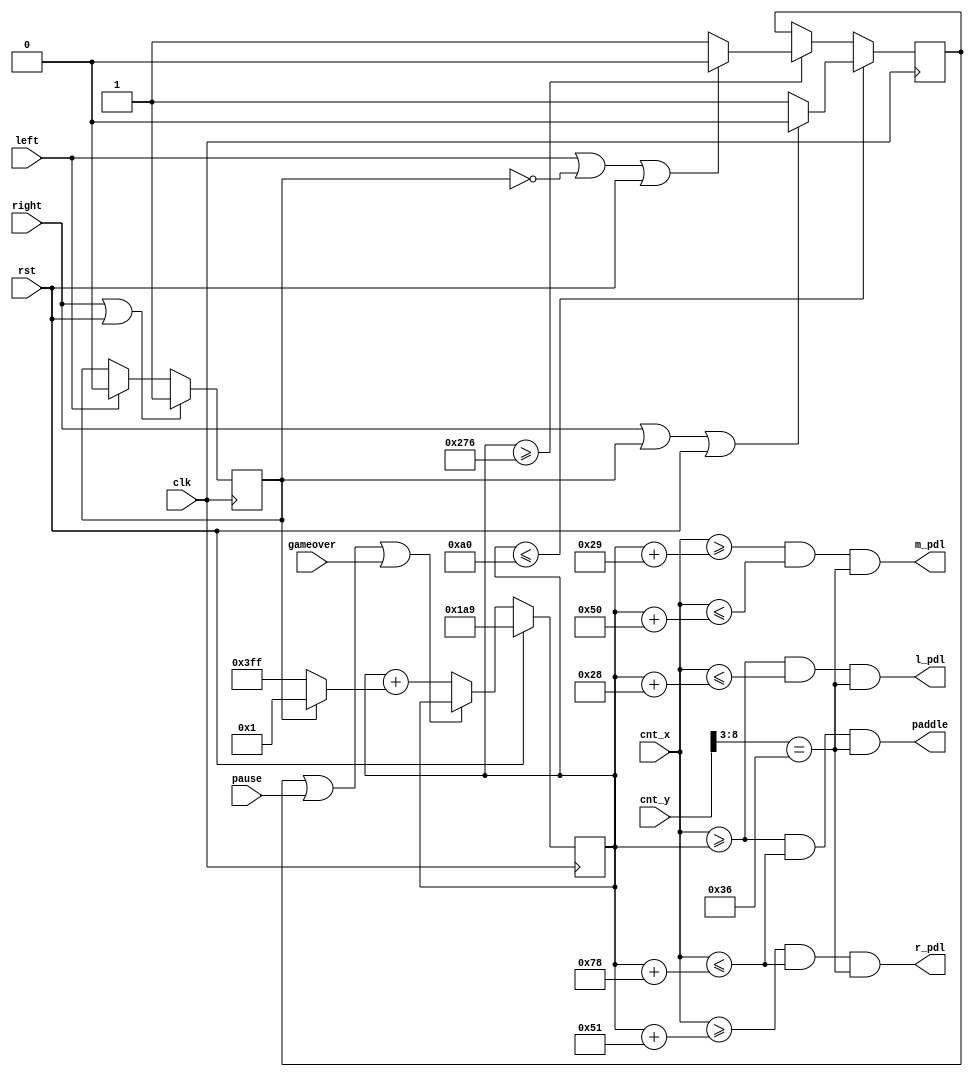
`timescale 1ns / 1ps
//////////////////////////////////////////////////////////////////////////////////
// Company: 
// Engineer: 
// 
// Design Name: 
// Module Name:    paddle 
// Project Name: 
// Target Devices: 
// Tool versions: 
// Description: 
//
// Dependencies: 
//
// Revision: 
// Revision 0.01 - File Created
// Additional Comments: 
//
//////////////////////////////////////////////////////////////////////////////////
module paddle(
  //outputs
  paddle, l_pdl, m_pdl, r_pdl, 
  //inputs
  clk, cnt_x, cnt_y, left, right, pause, gameover, rst
    );
  output paddle, l_pdl, m_pdl, r_pdl;
  
  input clk, left, right, pause, gameover, rst;
  input [9:0] cnt_x;
  input [8:0] cnt_y;

  reg pdl_dir; // 0 is left. 1 is right. 
  reg pdl_stop;
  reg [9:0] pdl_pos;
  
  initial
  begin
    pdl_dir = 1;
    pdl_stop = 0;
    pdl_pos = 425;
  end
  
  always @(posedge clk)
  begin
    if (left)
      pdl_dir <= 0;
    if (right | rst)
      pdl_dir <= 1;
  end
  
  always @(posedge clk)
  begin
    if (pdl_pos >= 630)
    begin
      if (left | ~pdl_dir | rst)
        pdl_stop <= 0;
      else
        pdl_stop <= 1;
    end
    if (pdl_pos <= 160)
    begin
    if (right | pdl_dir | rst)
        pdl_stop <= 0;
      else
        pdl_stop <= 1;
    end
  end

  always @(posedge clk)
  begin
    if (rst)
    begin
      pdl_pos <= 425;
    end
    else
      pdl_pos <= (pdl_stop | pause | gameover) ? pdl_pos : (pdl_pos + ((pdl_dir)? 1: -1));
  end

  wire paddle = (cnt_x>=pdl_pos) && (cnt_x<=pdl_pos+120) && (cnt_y[8:3]==54);
  wire l_pdl = (cnt_x>=pdl_pos) && (cnt_x<=pdl_pos+40) && (cnt_y[8:3]==54);
  wire m_pdl = (cnt_x>=pdl_pos+41) && (cnt_x<=pdl_pos+80) && (cnt_y[8:3]==54);
  wire r_pdl = (cnt_x>=pdl_pos+81) && (cnt_x<=pdl_pos+120) && (cnt_y[8:3]==54);

endmodule